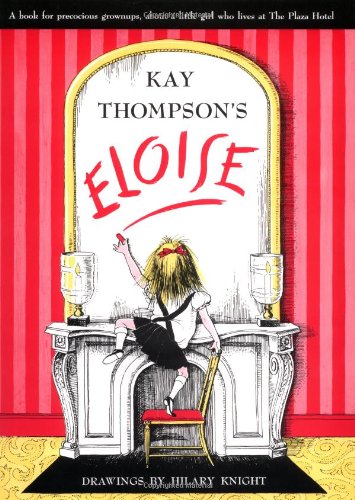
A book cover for Eloise: A Book for Precocious Grown Ups; Kay Thompson; Children's Books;